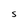
Character: S